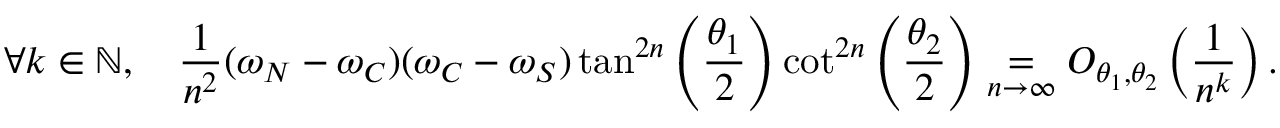
\forall k \in \mathbb { N } , \quad \frac { 1 } { n ^ { 2 } } ( \omega _ { N } - \omega _ { C } ) ( \omega _ { C } - \omega _ { S } ) \tan ^ { 2 n } \left( \frac { \theta _ { 1 } } { 2 } \right) \cot ^ { 2 n } \left( \frac { \theta _ { 2 } } { 2 } \right) \underset { n \to \infty } { = } O _ { \theta _ { 1 } , \theta _ { 2 } } \left( \frac { 1 } { n ^ { k } } \right) .